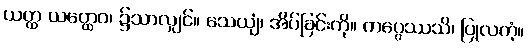
ယတ္ထ ယတ္ထေဝ၊ ၌သာလျှင်။ သေယျံ၊ အိပ်ခြင်းကို။ ကပ္ပေဿသိ၊ ပြုလတံ့။